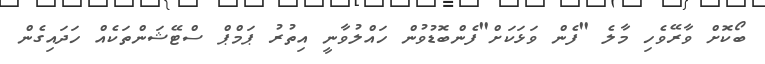
ބޯކޮށް ވާރޭވެހި މާލެ "ފެން ވަޅަކަށް"ފެންބޮޑުވުން ހައްލުވާނީ އިތުރު ޕަމްޕް ސްޓޭޝަންތަކެއް ހަދައިގެން